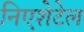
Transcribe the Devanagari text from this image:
निएशेटेल